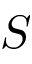
S